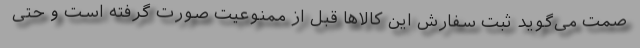
صمت می‌گوید ثبت سفارش این کالاها قبل از ممنوعیت صورت گرفته است و حتی